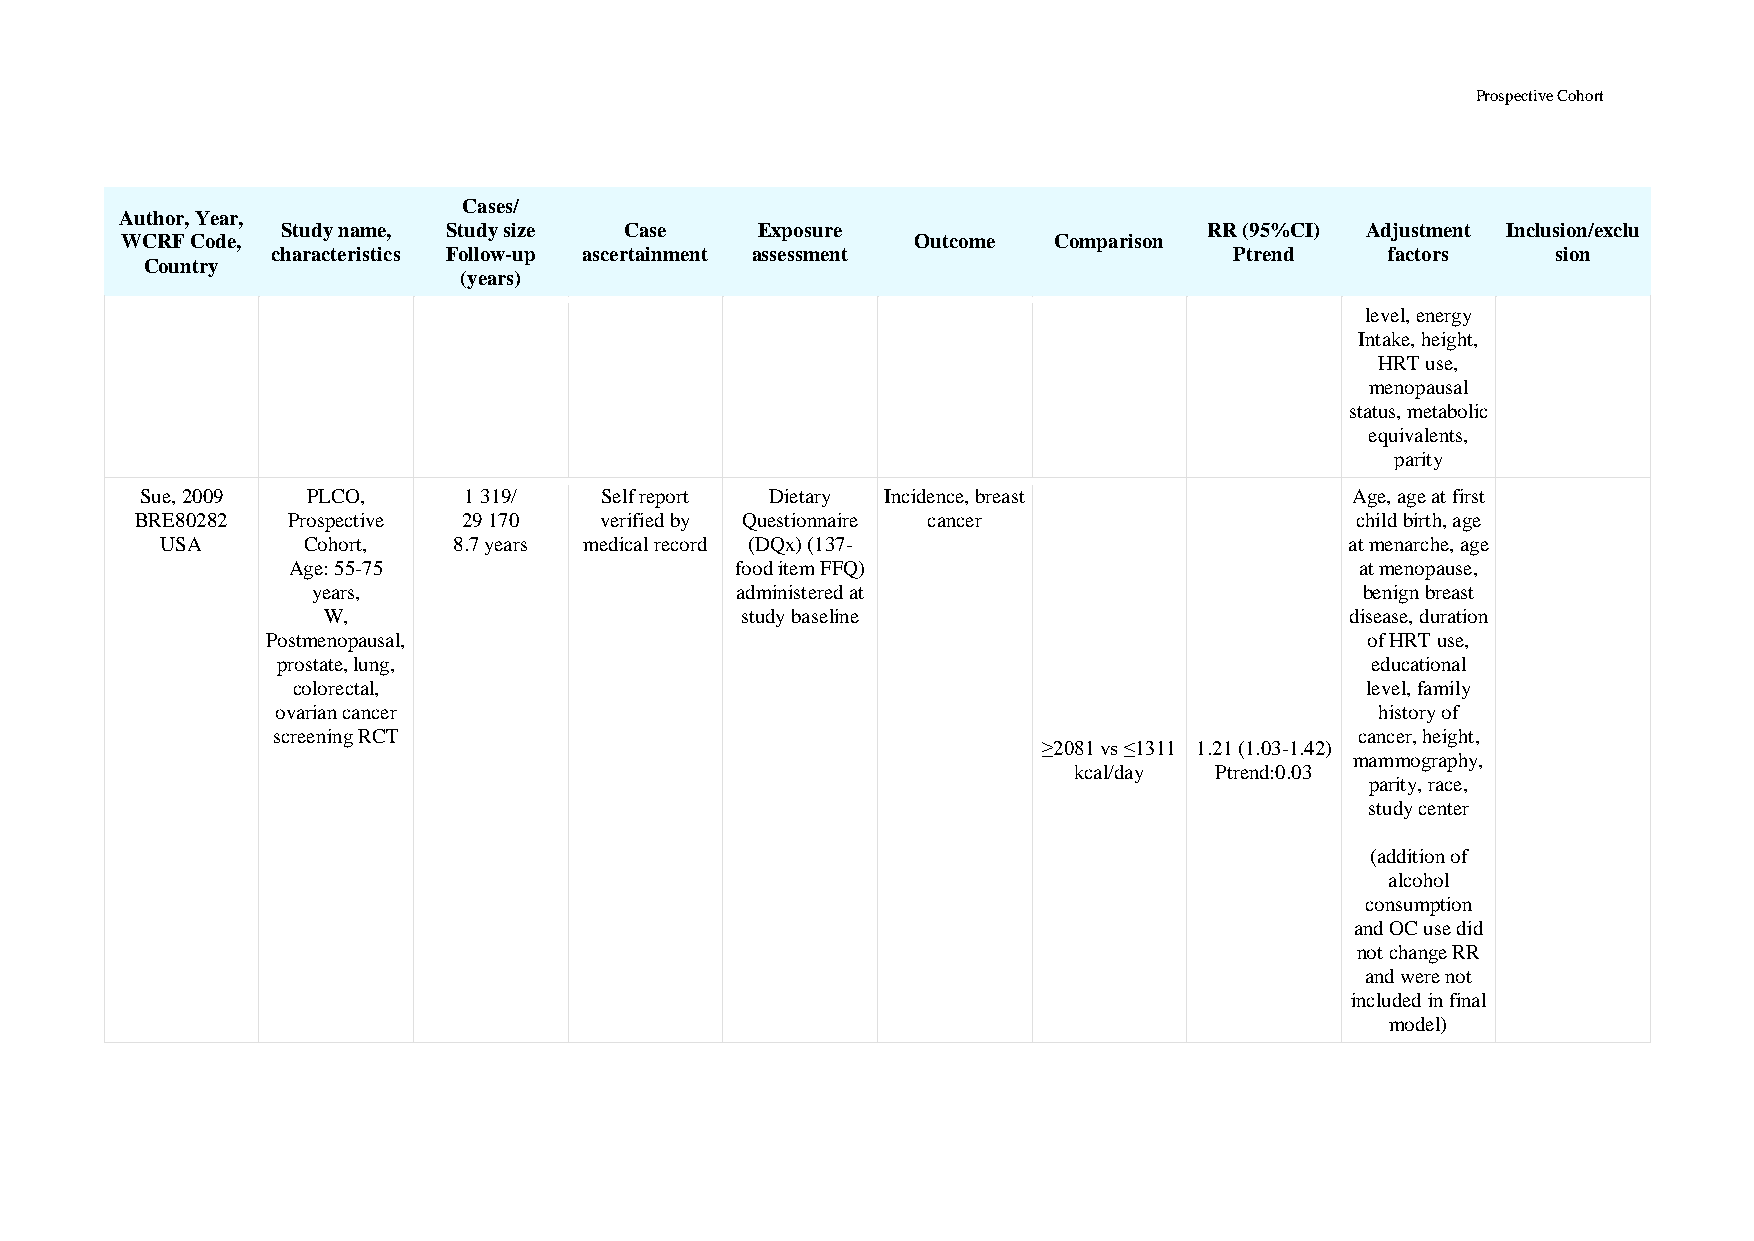
Prospective Cohort
 Cases/
 Author, Year,
 Study name, Study size Case    Exposure                      RR (95%CI) Adjustment Inclusion/exclu
 WCRF Code,                                           Outcome  Comparison
 characteristics Follow-up ascertainment assessment              Ptrend    factors    sion
 Country
 (years)
 level, energy
 Intake, height,
 HRT use,
 menopausal
 status, metabolic
 equivalents,
 parity
 Sue, 2009  PLCO,      1 319/   Self report Dietary Incidence, breast             Age, age at first
 BRE80282  Prospective 29 170   verified by Questionnaire cancer                  child birth, age
 USA      Cohort,   8.7 years medical record (DQx) (137-                       at menarche, age
 Age: 55-75                    food item FFQ)                           at menopause,
 years,                      administered at                          benign breast
 W,                          study baseline                          disease, duration
 Postmenopausal,                                                          of HRT use,
 prostate, lung,                                                          educational
 colorectal,                                                            level, family
 ovarian cancer                                                           history of
 screening RCT                                                           cancer, height,
 ≥2081 vs ≤1311 1.21 (1.03-1.42)
 mammography,
 kcal/day Ptrend:0.03
 parity, race,
 study center
 (addition of
 alcohol
 consumption
 and OC use did
 not change RR
 and were not
 included in final
 model)